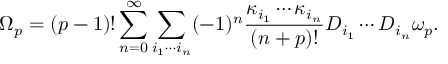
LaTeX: \Omega _ { p } = ( p - 1 ) ! \sum _ { n = 0 } ^ { \infty } \sum _ { i _ { 1 } \cdots i _ { n } } ( - 1 ) ^ { n } { \frac { \kappa _ { i _ { 1 } } \cdots \kappa _ { i _ { n } } } { ( n + p ) ! } } D _ { i _ { 1 } } \cdots D _ { i _ { n } } \omega _ { p } .